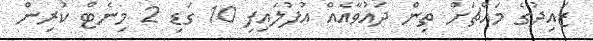
ޒައިދުގެ މައްޗަށް ތިން ދައުވާއެއް އުފުލައިފި 10 ގަޑި 2 މިނެޓް ކުރިން